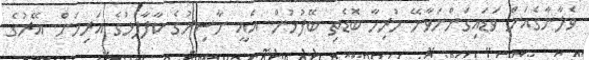
ވެލާނާގެއަށް ވަޑައިގަންނަވާނޭ ހުރިހާ ބޮޑެތި ބޭފުޅުން. އެއީ ނާސިރުގެ ކާފާފުޅުގެ އަރިހަށް. އޭރުގެ